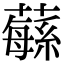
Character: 𦾴